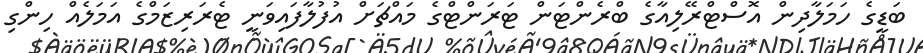
ބަޑީގެ ހަމަލާާދިން އޮސްޓްރޭލިއާގެ ބްރެންޓަން ޓަރަންޓްގެ މައްޗަށް އުފުލާފައިވަނީ ޓެރަރިޒަމްގެ އަމަލެއް ހިންގި